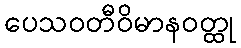
ပေသဝတီဝိမာနဝတ္ထု